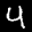
Label: 4